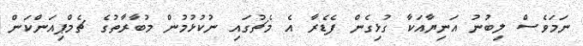
ނަމަވެސް ލިބުނު އަނިޔާއަކާ ގުޅިގެން ފެޑެރާ އެ މެޗުގައި ނުކުޅުމުން މުބާރާތުގެ ޗެމްޕިއަންކަން